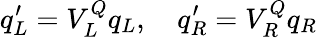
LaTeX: q_{L}^{\prime}=V_{L}^{Q}q_{L},\quad q_{R}^{\prime}=V_{R}^{Q}q_{R}